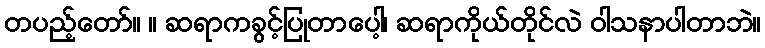
တပည့်တော်။ ။ ဆရာကခွင့်ပြုတာပေါ့၊ ဆရာကိုယ်တိုင်လဲ ဝါသနာပါတာဘဲ။